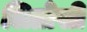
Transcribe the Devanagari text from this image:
लिप्रोसी